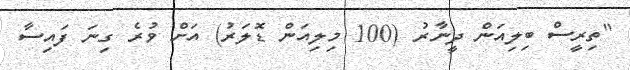
"ތިރީސް ބިލިއަން ދީނާރު (100 މިލިއަން ޑޮލަރު) އަށް ވުރެ ގިނަ ފައިސާ